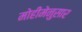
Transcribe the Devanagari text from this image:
मोहीमेनुसार